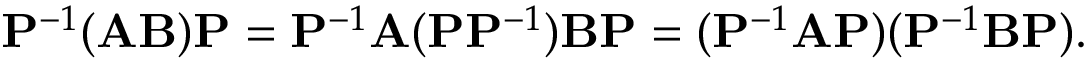
\mathbf { P } ^ { - 1 } ( \mathbf { A B } ) \mathbf { P } = \mathbf { P } ^ { - 1 } \mathbf { A } ( \mathbf { P } \mathbf { P } ^ { - 1 } ) \mathbf { B } \mathbf { P } = ( \mathbf { P } ^ { - 1 } \mathbf { A } \mathbf { P } ) ( \mathbf { P } ^ { - 1 } \mathbf { B } \mathbf { P } ) .